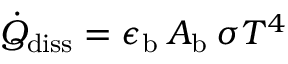
\dot { Q } _ { \mathrm { d i s s } } = \epsilon _ { \mathrm { b } } \: A _ { \mathrm { b } } \: \sigma T ^ { 4 }